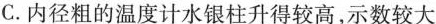
C.内径粗的温度计水银柱升得较高，示数较大